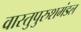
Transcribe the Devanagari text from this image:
वास्तुपुरुशमंडल